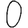
Digit: 0